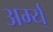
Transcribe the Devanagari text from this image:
अर्म्य्